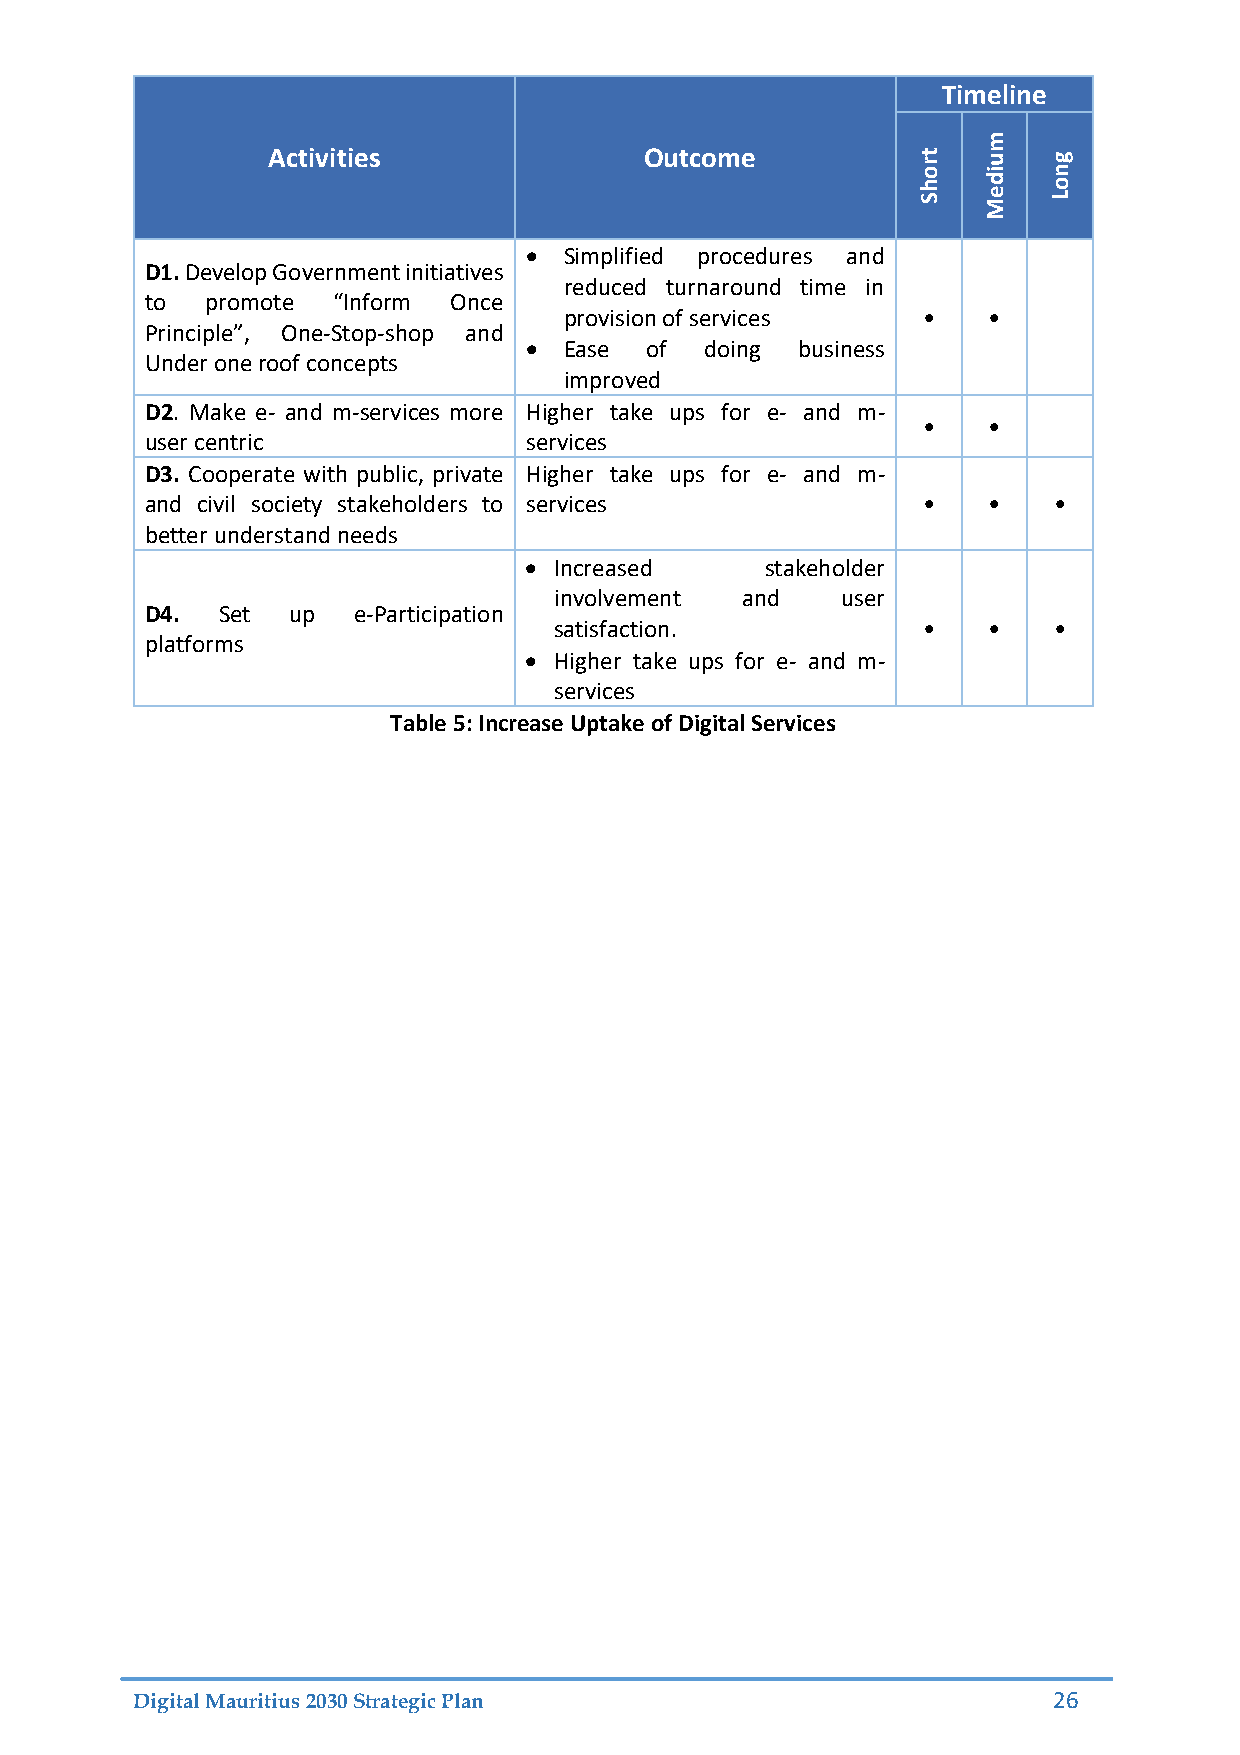
Timeline
 m
 Activities               Outcome           rt  u   g
 ho  di  on
 S   Me  L
  Simplified procedures and
 D1. Develop Government initiatives
 reduced turnaround time in
 to  promote “Inform Once
 provision of services   •   •
 Principle”, One-Stop-shop and
  Ease  of  doing business
 Under one roof concepts
 improved
 D2. Make e- and m-services more Higher take ups for e- and m-
 •   •
 user centric             services
 D3. Cooperate with public, private Higher take ups for e- and m-
 and civil society stakeholders to services         •   •    •
 better understand needs
  Increased     stakeholder
 involvement and    user
 D4. Set  up  e-Participation
 satisfaction.           •   •    •
 platforms
  Higher take ups for e- and m-
 services
 Table 5: Increase Uptake of Digital Services
 Digital Mauritius 2030 Strategic Plan                        26